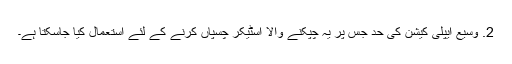
2. وسیع ایپلی کیشن کی حد جس پر یہ چپکنے والا اسٹیکر چسپاں کرنے کے لئے استعمال کیا جاسکتا ہے۔